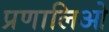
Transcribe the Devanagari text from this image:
प्रणालिओ